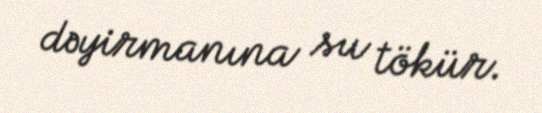
dəyirmanına su tökür.